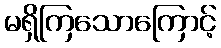
မရှိကြသောကြောင့်